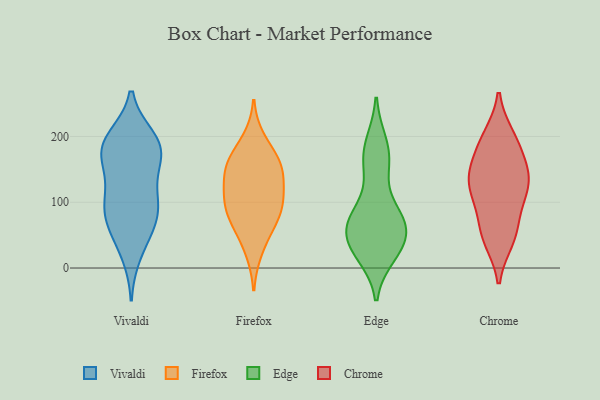
{"axis": {"x": "Page Views", "y": "Value"}, "legend": ["Chrome", "Edge", "Firefox", "Vivaldi"], "data": [{"x": "", "y": 159, "type": "Vivaldi"}, {"x": "", "y": 185, "type": "Vivaldi"}, {"x": "", "y": 117, "type": "Vivaldi"}, {"x": "", "y": 181, "type": "Vivaldi"}, {"x": "", "y": 90, "type": "Vivaldi"}, {"x": "", "y": 115, "type": "Vivaldi"}, {"x": "", "y": 22, "type": "Vivaldi"}, {"x": "", "y": 86, "type": "Vivaldi"}, {"x": "", "y": 83, "type": "Vivaldi"}, {"x": "", "y": 195, "type": "Vivaldi"}, {"x": "", "y": 179, "type": "Vivaldi"}, {"x": "", "y": 197, "type": "Vivaldi"}, {"x": "", "y": 51, "type": "Vivaldi"}, {"x": "", "y": 69, "type": "Vivaldi"}, {"x": "", "y": 170, "type": "Vivaldi"}, {"x": "", "y": 129, "type": "Firefox"}, {"x": "", "y": 27, "type": "Firefox"}, {"x": "", "y": 62, "type": "Firefox"}, {"x": "", "y": 75, "type": "Firefox"}, {"x": "", "y": 154, "type": "Firefox"}, {"x": "", "y": 110, "type": "Firefox"}, {"x": "", "y": 195, "type": "Firefox"}, {"x": "", "y": 106, "type": "Firefox"}, {"x": "", "y": 164, "type": "Firefox"}, {"x": "", "y": 99, "type": "Firefox"}, {"x": "", "y": 80, "type": "Firefox"}, {"x": "", "y": 154, "type": "Firefox"}, {"x": "", "y": 156, "type": "Firefox"}, {"x": "", "y": 21, "type": "Edge"}, {"x": "", "y": 59, "type": "Edge"}, {"x": "", "y": 39, "type": "Edge"}, {"x": "", "y": 76, "type": "Edge"}, {"x": "", "y": 41, "type": "Edge"}, {"x": "", "y": 148, "type": "Edge"}, {"x": "", "y": 69, "type": "Edge"}, {"x": "", "y": 73, "type": "Edge"}, {"x": "", "y": 35, "type": "Edge"}, {"x": "", "y": 80, "type": "Edge"}, {"x": "", "y": 20, "type": "Edge"}, {"x": "", "y": 67, "type": "Edge"}, {"x": "", "y": 29, "type": "Edge"}, {"x": "", "y": 158, "type": "Edge"}, {"x": "", "y": 167, "type": "Edge"}, {"x": "", "y": 188, "type": "Edge"}, {"x": "", "y": 190, "type": "Edge"}, {"x": "", "y": 83, "type": "Edge"}, {"x": "", "y": 89, "type": "Chrome"}, {"x": "", "y": 128, "type": "Chrome"}, {"x": "", "y": 199, "type": "Chrome"}, {"x": "", "y": 194, "type": "Chrome"}, {"x": "", "y": 124, "type": "Chrome"}, {"x": "", "y": 53, "type": "Chrome"}, {"x": "", "y": 150, "type": "Chrome"}, {"x": "", "y": 134, "type": "Chrome"}, {"x": "", "y": 44, "type": "Chrome"}, {"x": "", "y": 184, "type": "Chrome"}, {"x": "", "y": 112, "type": "Chrome"}, {"x": "", "y": 147, "type": "Chrome"}, {"x": "", "y": 51, "type": "Chrome"}]}